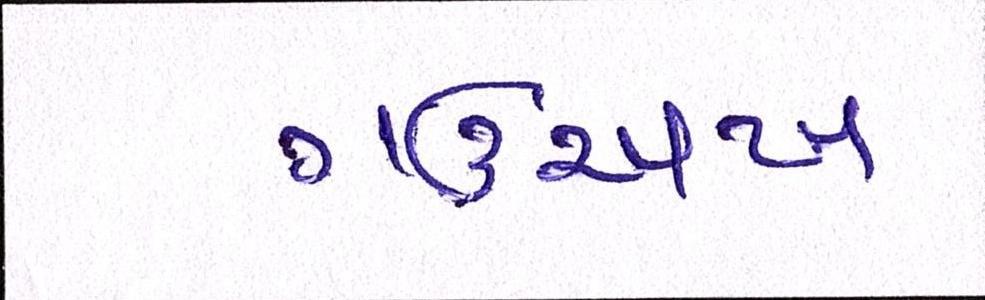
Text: ગઊઅખ